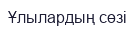
Ұлылардың сөзі